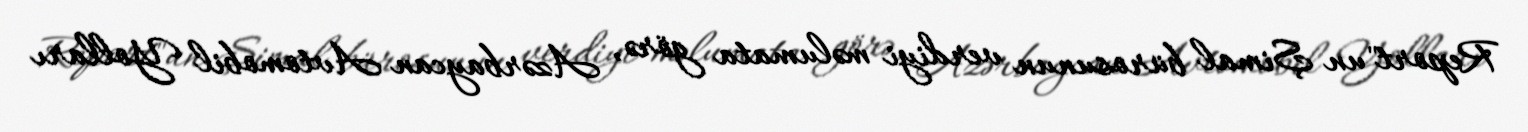
Report"un Şimal bürosunun verdiyi məlumata görə, Azərbaycan Avtomobil Yolları